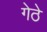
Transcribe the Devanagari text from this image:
गेठे